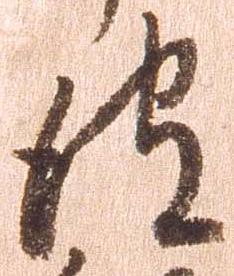
彼